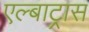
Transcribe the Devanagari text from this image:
एल्बाट्रास